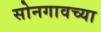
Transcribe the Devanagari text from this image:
सोनगावच्या